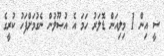
ސީ އިން 1 މިލިއަން ޑޮލަރު ހަމަ އެ އުޞޫލުން ނެގުމަށްފަހު ކުރީގެ